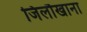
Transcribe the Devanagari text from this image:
जिलौखाना